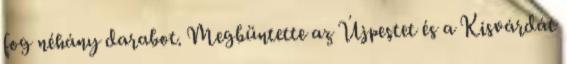
fog néhány darabot. Megbüntette az Újpestet és a Kisvárdát